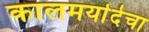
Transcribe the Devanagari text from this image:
कालमर्यादेचा